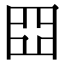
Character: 𡆵